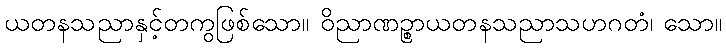
ယတနသညာနှင့်တကွဖြစ်သော။ ဝိညာဏဉ္စာယတနသညာသဟဂတံ၊ သော။